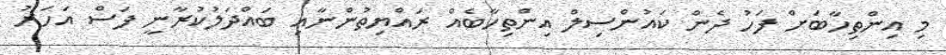
މި އިންތިހާބަށް ފަހު ދެން ކައުންސިލް އިންތިހާބެއް ރައްޔިތުންނާއި ބައްދަލުކުރާނީ ފަސް އަހަރު